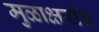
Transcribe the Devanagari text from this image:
मुळाक्षरांत